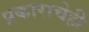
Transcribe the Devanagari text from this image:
प्रकाराचेही